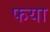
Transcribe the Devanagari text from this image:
फया